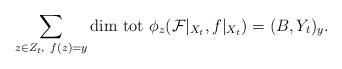
LaTeX: \begin{align*}\sum_{z\in Z_t,\ f(z)=y}{\rm dim\ tot}\ \phi_z({\cal F}|_{X_t},f|_{X_t})=(B,Y_t)_y.\end{align*}